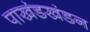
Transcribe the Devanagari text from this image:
पाखंडखंडन